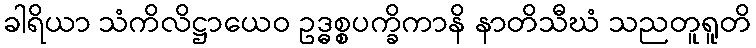
ခါရိယာ သံကိလိဋ္ဌာယေဝ ဥဒ္ဓစ္စပက္ခိကာနိ နာတိသီဃံ သညတူရူတိ